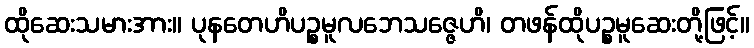
ထိုဆေးသမားအား။ ပုနတေဟိပဉ္စမူလဘေသဇ္ဇေဟိ၊ တဖန်ထိုပဉ္စမူဆေးတို့ဖြင့်။